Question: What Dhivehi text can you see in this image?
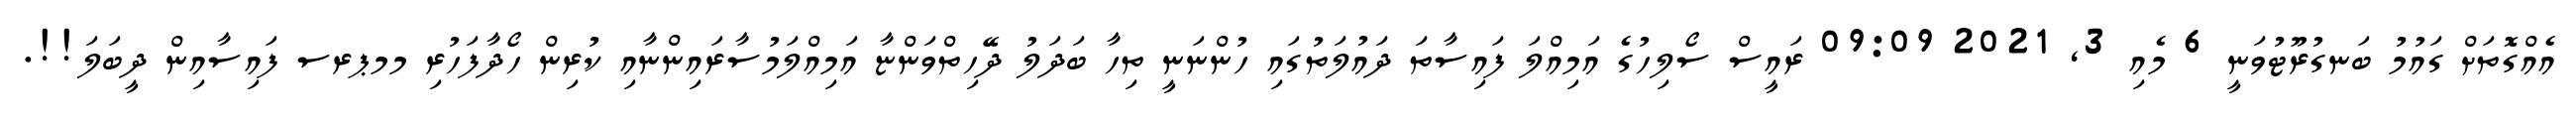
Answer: އެއްގޮތަށް ގައުމު ބަނގުރޫޓުވަނީ 6 މެއި 3, 2021 09:09 ރައީސް ސޯލިހުގެ އަމިއްލަ ފައިސާތަ ދައުލަތުގައި ހުންނަނީ ތިހާ ބަދަލު ދޭހިތްވަންޏާ އަމިއްލަމުސާރައިންނާއި ކުރިން ހޯދާފަހުރި މމޕރސ ފައިސާއިން ދީބަލަ!!.